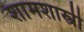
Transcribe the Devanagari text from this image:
शामशास्त्री